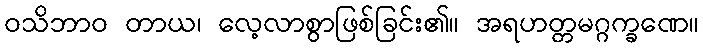
ဝသိဘာဝ တာယ၊ လေ့လာစွာဖြစ်ခြင်း၏။ အရဟတ္တမဂ္ဂက္ခဏေ။